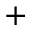
^ +